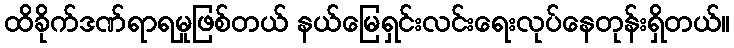
ထိခိုက်ဒဏ်ရာရမှုဖြစ်တယ် နယ်မြေရှင်းလင်းရေးလုပ်နေတုန်းရှိတယ်။